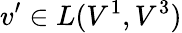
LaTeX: v^{\prime}\in L(V^{1},V^{3})